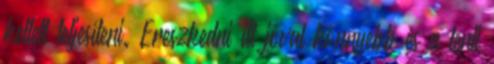
kellett teljesíteni. Ereszkedni itt jóval könnyebb és a lenti